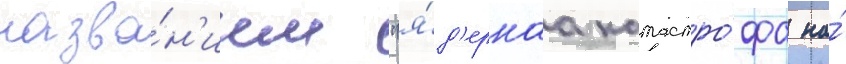
назва́н'ием "я́д'ернаа катастро́фа на́